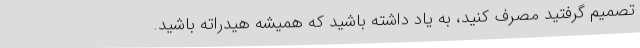
تصمیم گرفتید مصرف کنید، به یاد داشته باشید که همیشه هیدراته باشید.